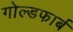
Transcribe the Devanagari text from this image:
गोल्डफार्ब